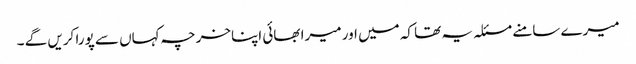
میرے سامنے مسئلہ یہ تھا کہ میں اور میرا بھائی اپناخرچہ کہاں سے پورا کریں گے ۔